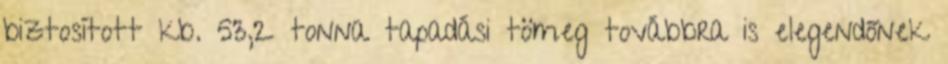
biztosított kb. 53,2 tonna tapadási tömeg továbbra is elegendőnek